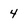
Character: 4